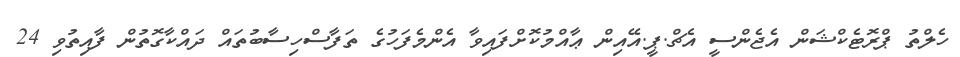
ހެލްތު ޕްރޮޓެކްޝަން އެޖެންސީ އެޗް.ޕީ.އޭއިން ޢާއްމުކޮށްފައިވާ އެންމެފަހުގެ ތަފާސްހިސާބުތައް ދައްކާގޮތުން ފާއިތުވި 24